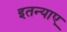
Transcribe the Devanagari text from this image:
इतन्याए